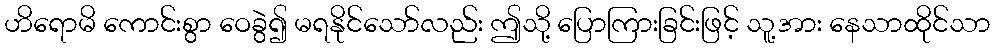
ဟိရောမိ ကောင်းစွာ ဝေခွဲ၍ မရနိုင်သော်လည်း ဤသို့ ပြောကြားခြင်းဖြင့် သူ့အား နေသာထိုင်သာ